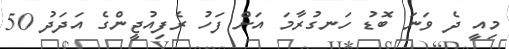
މިއީ ދެ ވަނަ ބޮޑު ހަނގުރާމަ އަށް ފަހު ރެފިއުޖީންގެ އަަދަދު 50